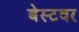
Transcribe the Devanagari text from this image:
बेस्टवर